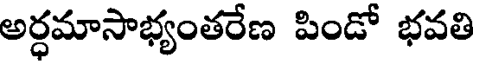
అర్ధమాసాభ్యంతరేణ పిండో భవతి